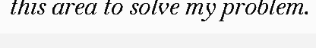
this area to solve my problem.